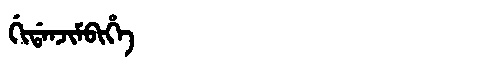
Manchu: ᡤᡳᡩᠠᠨᠵᡳᠮᠪᡳᡥᡝ
Romanization: GIDANJIMBIHE